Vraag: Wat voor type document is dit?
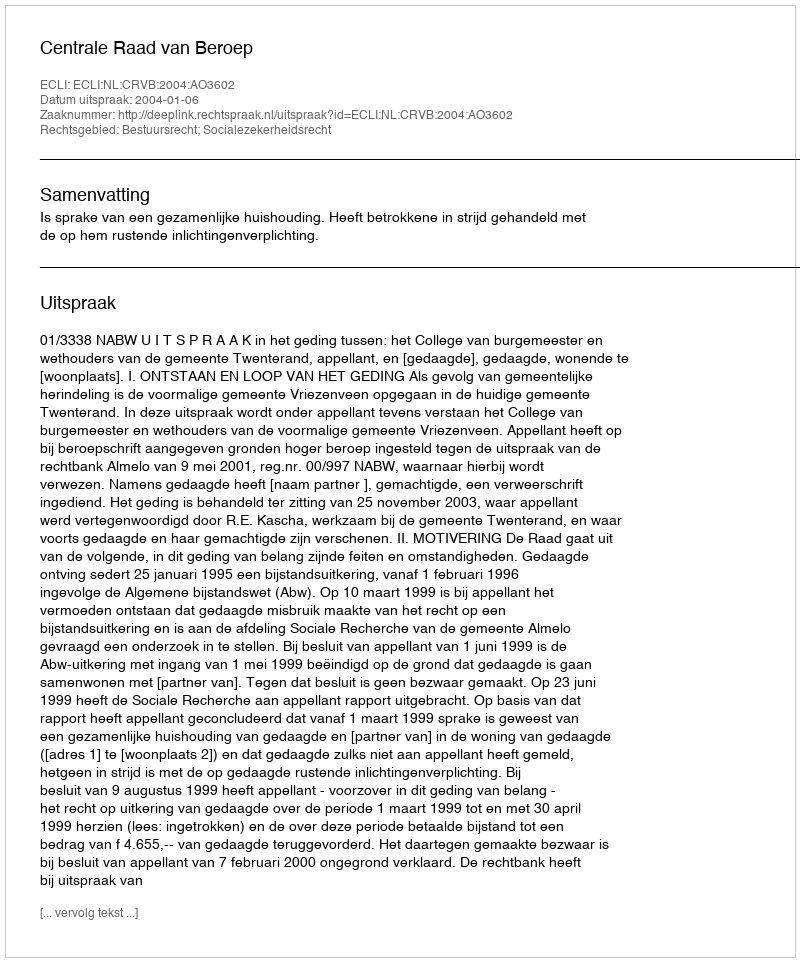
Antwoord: Uitspraak